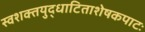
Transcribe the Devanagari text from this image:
स्वशक्तयुद्धाटिताशेषकपाटः